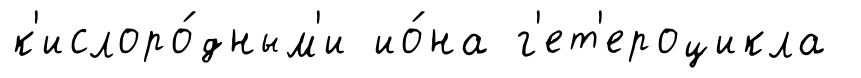
к'ислоро́дным'и ио́на г'ет'ероцикла